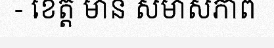
- ខេត្ត មាន សមាសភាព